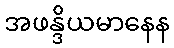
အဖန္ဒိယမာနေန